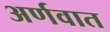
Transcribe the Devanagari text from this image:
अर्णवात